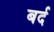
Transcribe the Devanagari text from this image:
बर्द